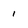
Character: 1